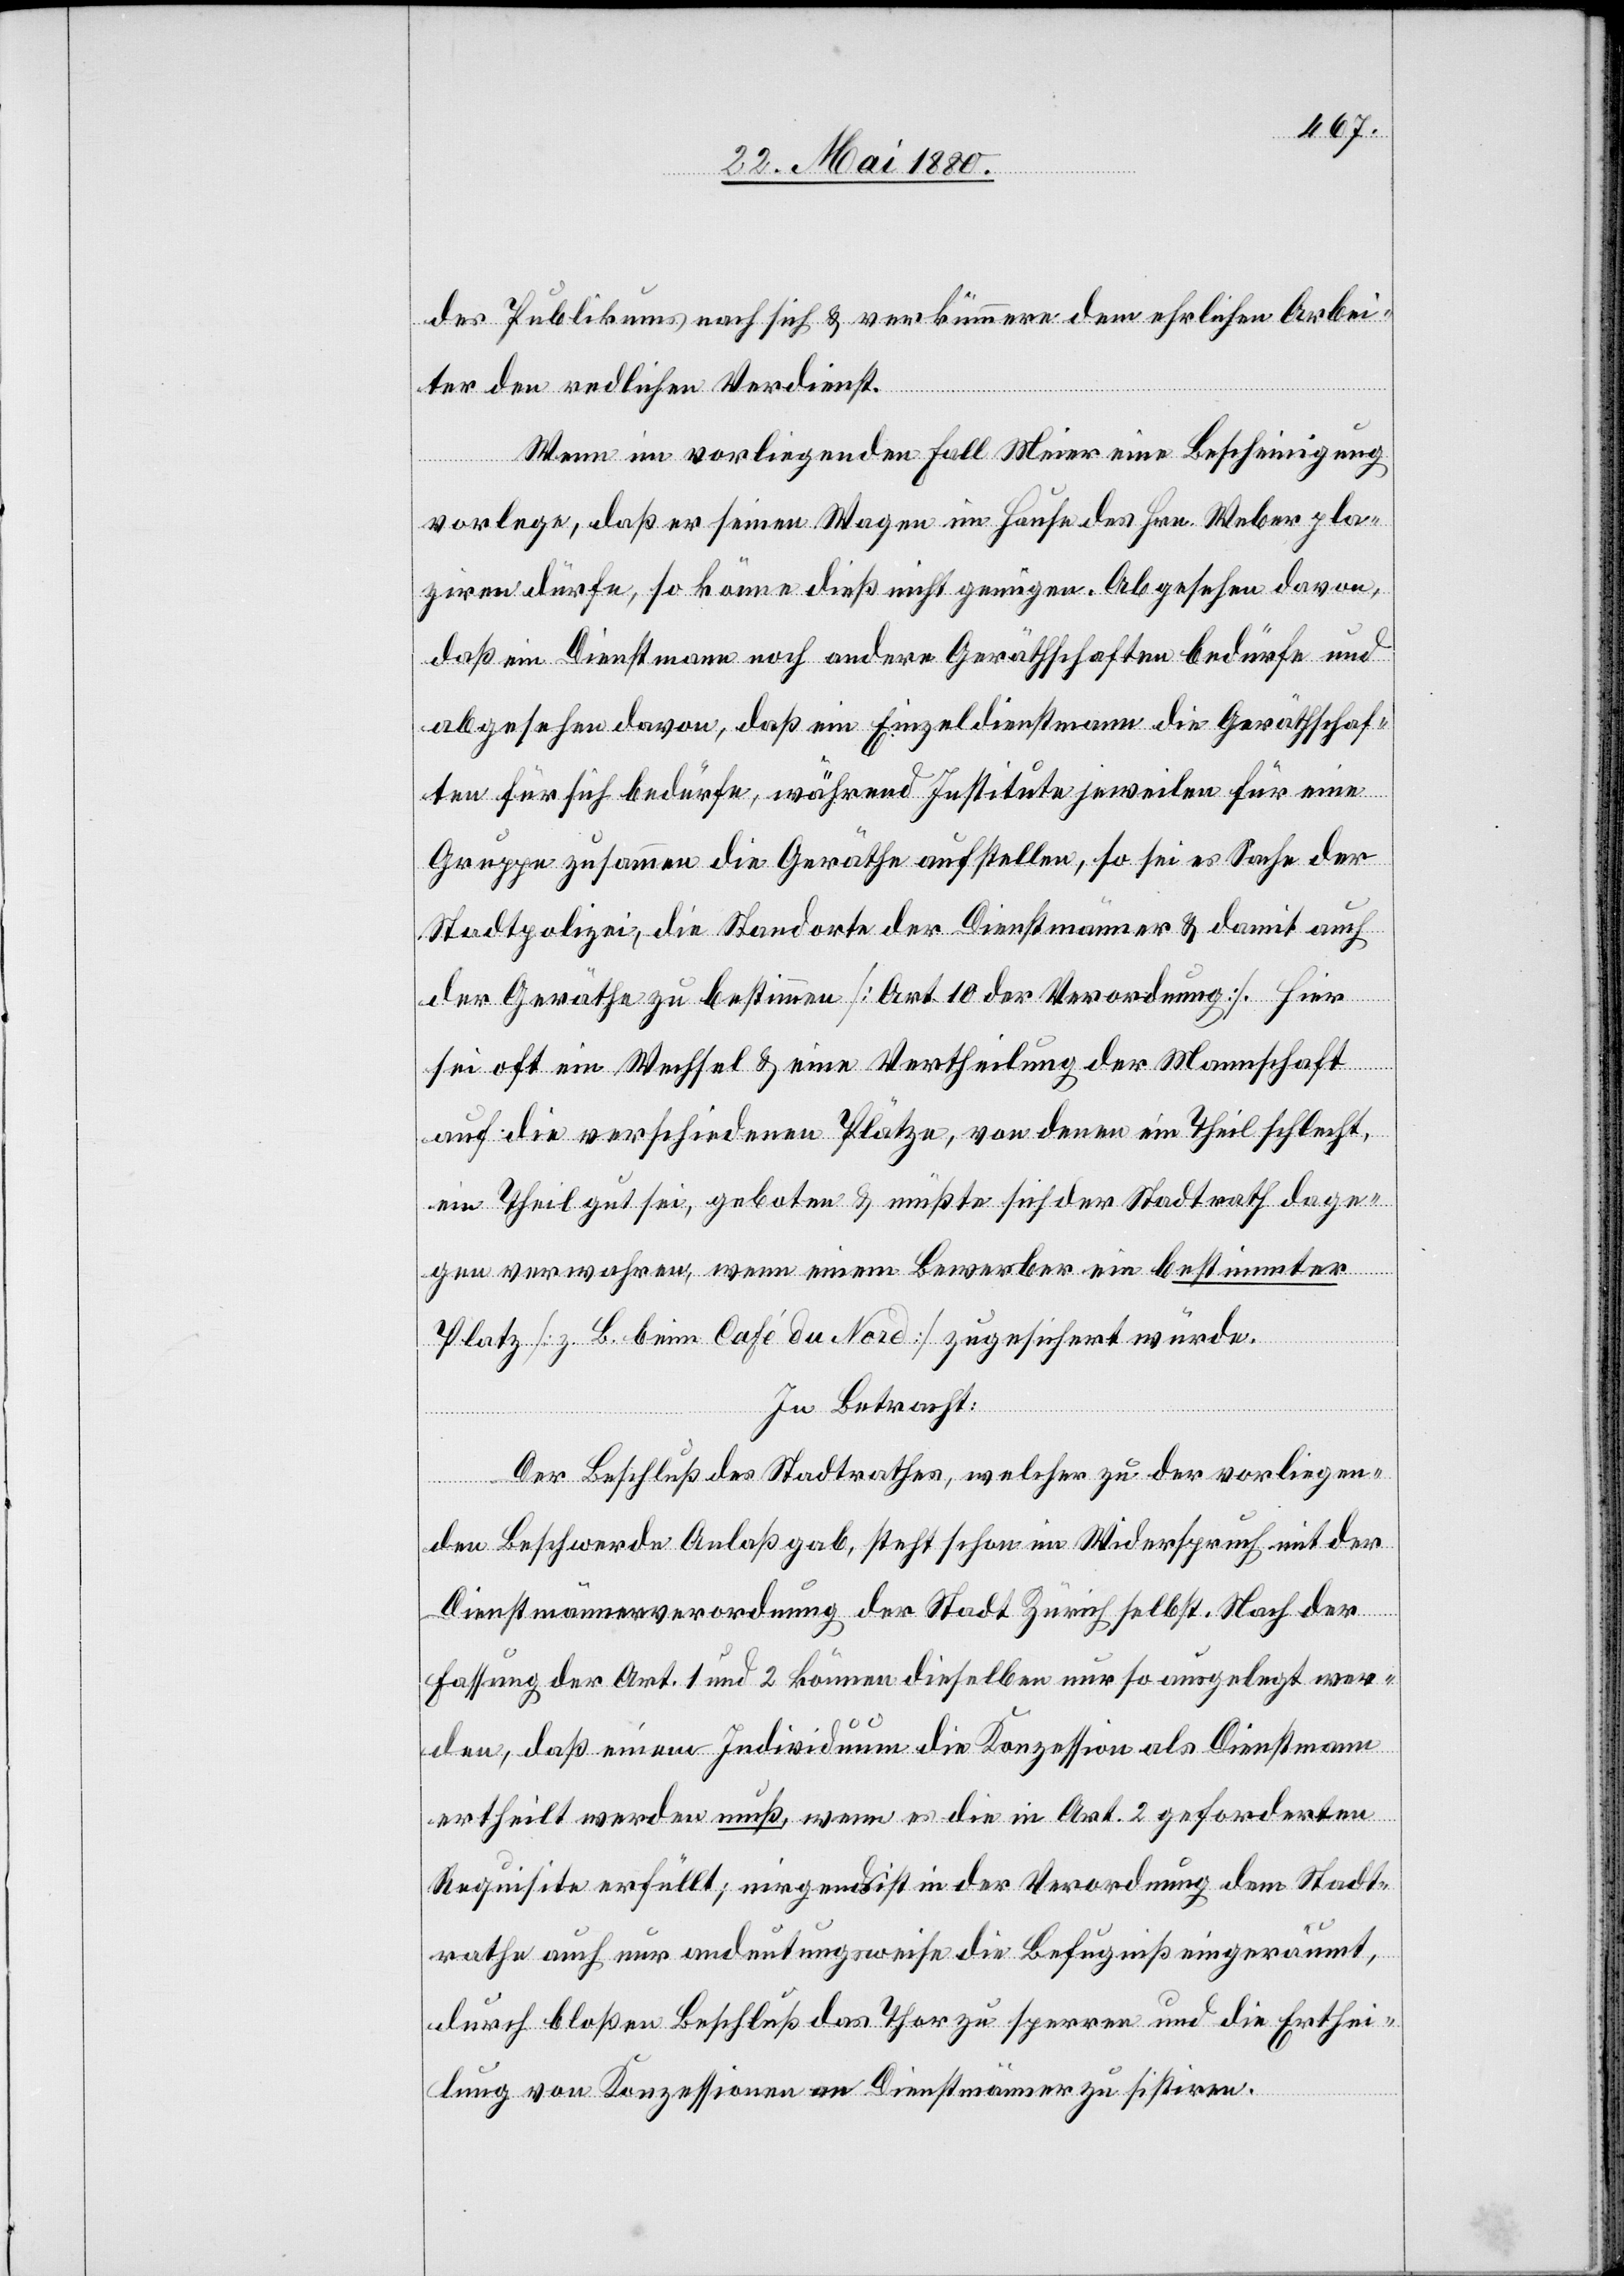
des Publikums nach sich & verkümmere dem ehrlichen Arbei¬
ter den redlichen Verdienst.
Wenn im vorliegenden Fall Meier eine Bescheinigung
vorlege, daß er seinen Wagen im Hause des Hrn. Weber pla¬
ziren dürfe, so könne dieß nicht genügen. Abgesehen davon,
daß ein Dienstmann noch andere Geräthschaften bedürfe und
abgesehen davon, daß ein Einzeldienstmann die Geräthschaf¬
ten für sich bedürfe, während Institute jeweilen für eine
Gruppe zusammen die Geräthe aufstellen, so sei es Sache der
Stadtpolizei, die Standorte der Dienstmänner & damit auch
der Geräthe zu bestimmen [Art. 10 der Verordnung]. Hier
sei oft ein Wechsel & eine Vertheilung der Mannschaft
auf die verschiedenen Plätze, von denen ein Theil schlecht,
ein Theil gut sei, geboten & müßte sich der Stadtrath dage¬
gen verwehren, wenn einem Bewerber ein bestimmter
Platz [z. B. beim Café du Nord] zugesichert würde.
In Betracht:
Der Beschluß des Stadtrathes, welcher zu der vorliegen¬
den Beschwerde Anlaß gab, steht schon im Widerspruch mit der
Dienstmännerverordnung der Stadt Zürich selbst. Nach der
Fassung der Art. 1 und 2 können dieselben nur so ausgelegt wer¬
den, daß einem Individuum die Konzession als Dienstmann
ertheilt werden muß, wenn er die in Art. 2 geforderten
Requisite erfüllt; nirgends ist in der Verordnung dem Stadt¬
rathe auch nur andeutungsweise die Befugniß eingeräumt,
durch bloßen Beschluß das Thor zu sperren und die Erthei¬
lung von Konzessionen an Dienstmänner zu sistiren.